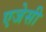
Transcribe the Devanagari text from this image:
एजेसी